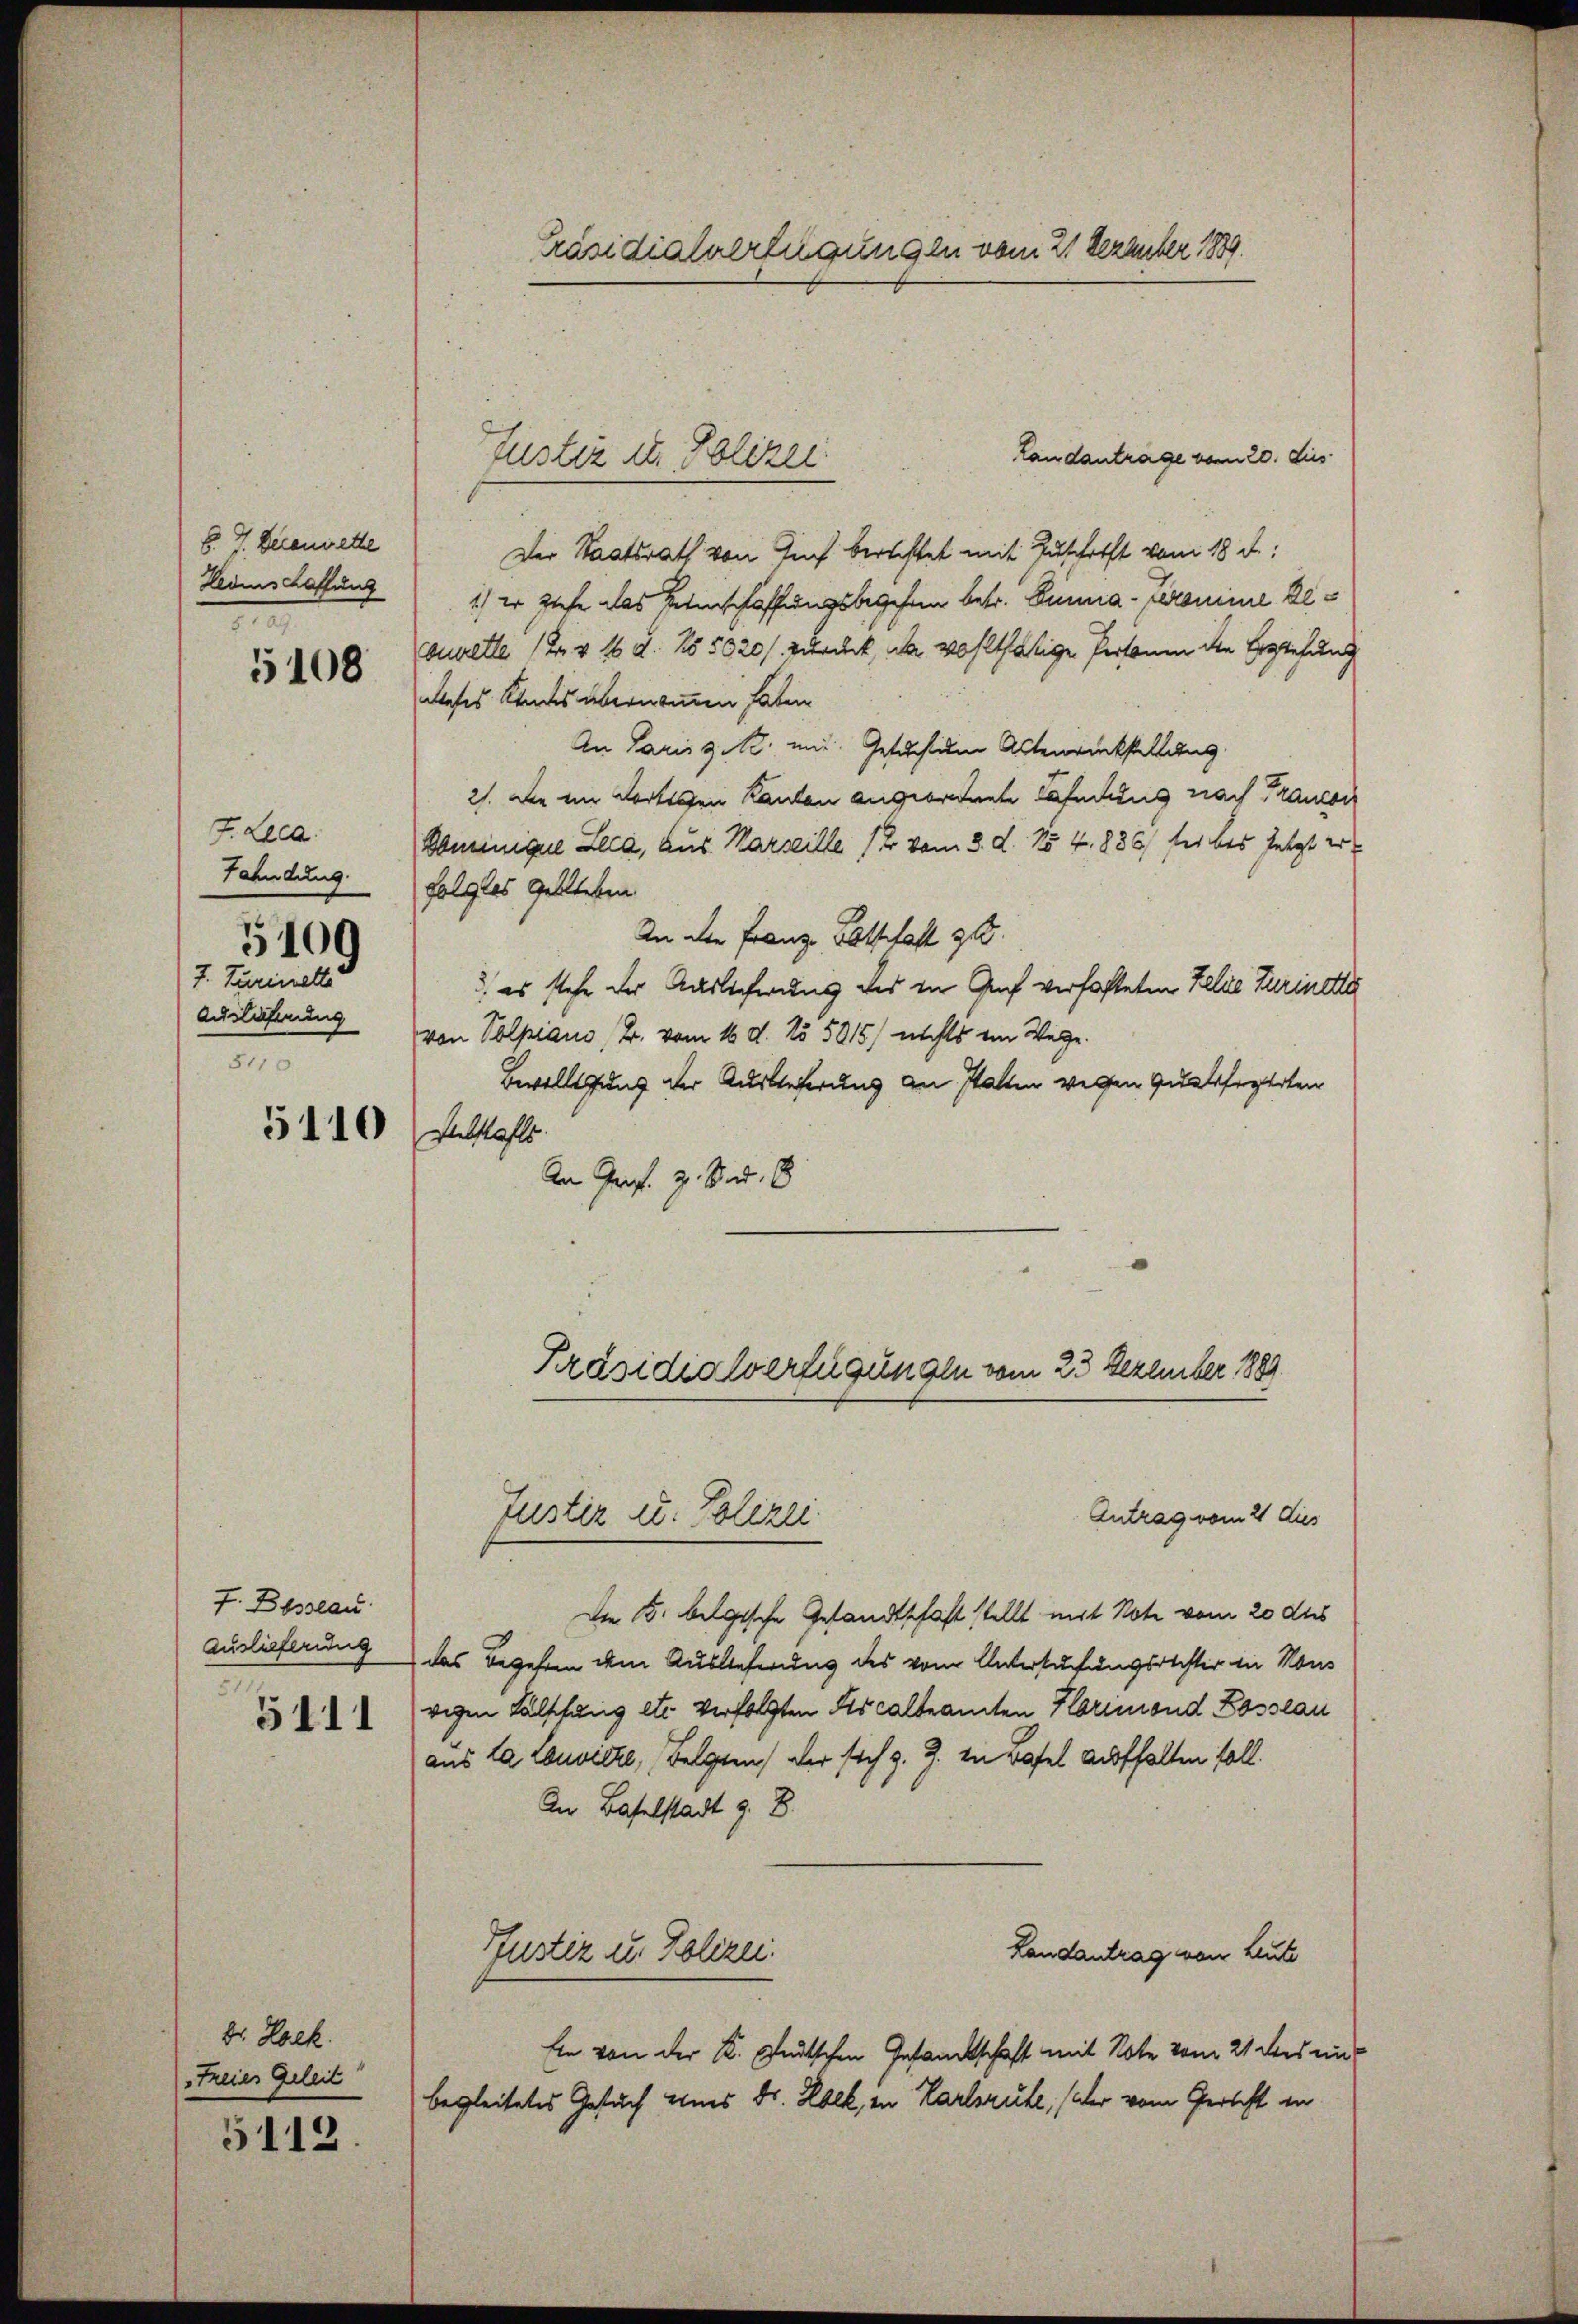
§ 4 derenwette
Hedenschaffung
1

5108

J.Leca
Fahndung.
3100
7. Turinette
Auslösung
5110

5110

7. Desseau
Auslieferung

5111

Dr. Hock.
Freies Geleit
5112.

Präsidialverfügungen vom 21 Dezember 1889.

Der Staatsrath von Tuch berechtet mit Zuschrift vom 18. d.
1) Er ziehe das Reinschaffungsbegehen betr. Sinne-Jeromine De¬
Buwette (v. 18. No 5020 / zurück, da wohlthätige Personen den Bestehung
dieses Kindes übernommen hatten.
An Parisgi mit Gesucheiden Altenrückstellung
2). Die im dortigen Kanton angeordnete Häfelung nach Francon
Dominigel Leca, aus Marseille 12 vom 3. d. 154. 886 sei bis jetzt er
folglos geblieben.
An der Franz Botschaft 32.
3., es stehe der Auslieferung des in Gruf verhafteten Felde Turinette
von Volpiano, B. vom 16. d. No 5015/ nichts im Wege.
Bewilligung der Auslieferung an statten werden Quatsforteten
Rebstahls
An Prof. Z. B. d. 8

Landantrage vom 20. dies
Justiz d. Polizei

Präsidialverfügungen vom 23 Dezember 1889

Antrag vom 21 dies
Die K. belgische Gesandtschaft stellt mit Note vom 20 dus
das Begeben dem Auslieferung des vom Untersuchungsrechter in Mous
rigen Fälschung etc. verfolgten descalbeamten Harmond Losslau
aus la Convicke, Folgen der sich z. Z. in Basel aufhalten soll.
An Baselstadt z. B.
Pfustiz u. Polizei.
Landantrag von Leute
Ein von der K. Deutschen Gesandtschaft mit Note vom 21 des eine
begleitetes Gesuch eines Dr. Rock, in Karlsruhe, (der vom Gericht in

Justiz u. Polizei